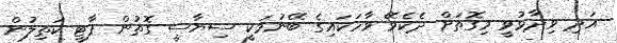
އަދި ވިދާޅުވީ މިގޮތަށް ދެކެވޭ ވާހަކައިގެ ބޭނުމަކީ ސިޔާސީ ގޮތުން ޕާޓީ ކަތިލުން